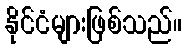
နိုင်ငံများဖြစ်သည်။